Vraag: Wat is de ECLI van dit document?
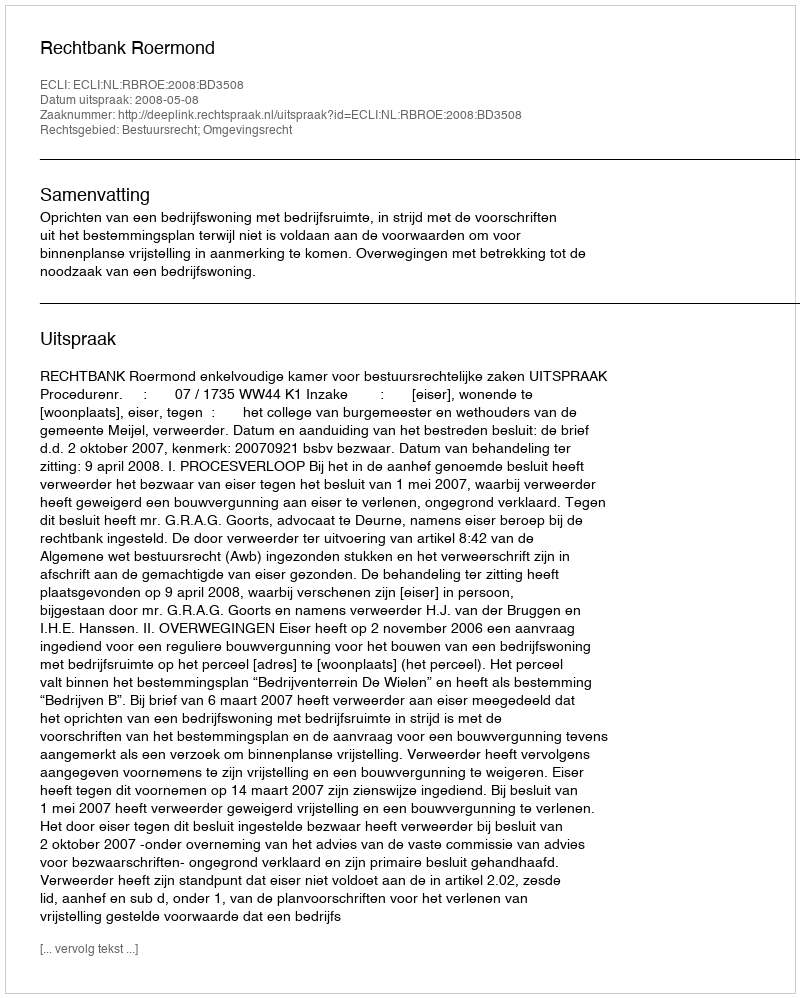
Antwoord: ECLI:NL:RBROE:2008:BD3508